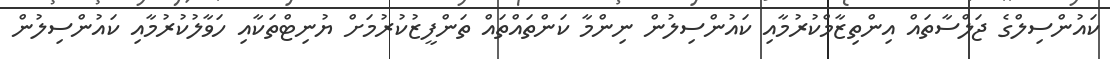
ކައުންސިލްގެ ޖަލްސާތައް އިންތިޒާމްކުރުމާއި ކައުންސިލުން ނިންމާ ކަންތައްތައް ތަންފީޒުކުރުމަށް ޔުނިޓްތަކާއި ހަވާލުކުރުމާއި ކައުންސިލުން